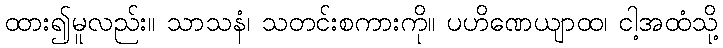
ထား၍မူလည်း။ သာသနံ၊ သတင်းစကားကို။ ပဟိဏေယျာထ၊ ငါ့အထံသို့